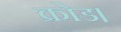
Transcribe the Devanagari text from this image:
क्रोड।